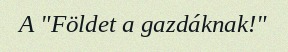
A "Földet a gazdáknak!"